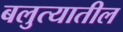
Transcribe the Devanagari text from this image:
बलुत्यातील